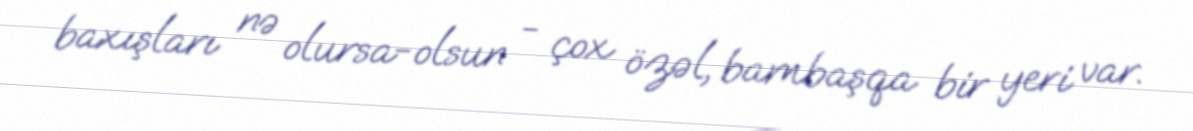
baxışları nə olursa-olsun - çox özəl, bambaşqa bir yeri var.